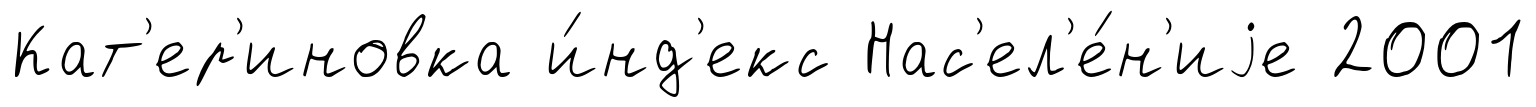
Кат'ер'иновка и́нд'екс Нас'ел'е́н'иjе 2001